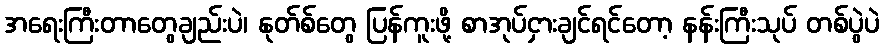
အရေးကြီးတာတွေချည်းပဲ၊ နုတ်စ်တွေ ပြန်ကူးဖို့ စာအုပ်ငှားချင်ရင်တော့ နန်းကြီးသုပ် တစ်ပွဲပဲ